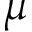
\mu